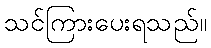
သင်ကြားပေးရသည်။